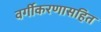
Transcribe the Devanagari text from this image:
वर्गीकरणासहित